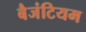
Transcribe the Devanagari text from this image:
बैजंटियम